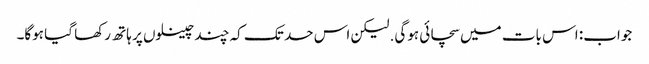
جواب: اس بات میں سچائی ہوگی. لیکن اس حد تک کہ چند چینلوں پر ہاتھ رکھا گیا ہوگا۔